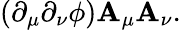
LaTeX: \left(\partial_{\mu}\partial_{\nu}\phi\right)\mathbf{A}_{\mu}\mathbf{A}_{\nu}.